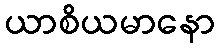
ယာစိယမာနော